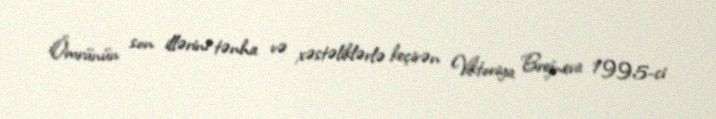
Ömrünün son illərini tənha və xəstəliklərlə keçirən Viktoriya Brejneva 1995-ci